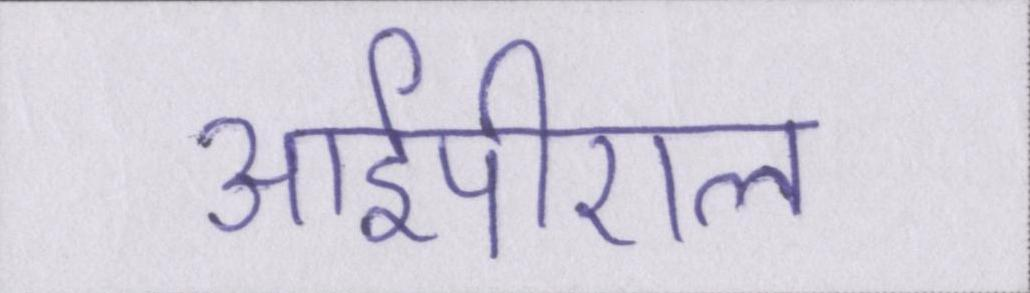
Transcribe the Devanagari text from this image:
आईपीएल